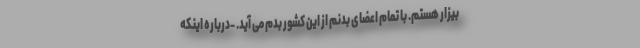
بیزار هستم. با تمام اعضای بدنم از این کشور بدم می آید. -درباره اینکه